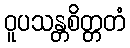
ဝူပသန္တစိတ္တတံ